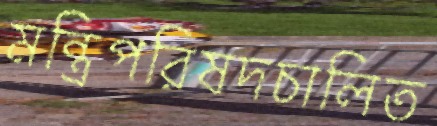
মন্ত্রিপরিষদচালিত